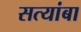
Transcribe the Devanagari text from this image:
सत्यांबा